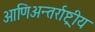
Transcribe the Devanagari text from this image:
आणिअन्तर्राष्ट्रीय